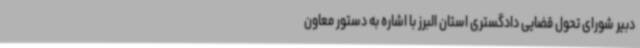
دبیر شورای تحول قضایی دادگستری استان البرز با اشاره به دستور معاون